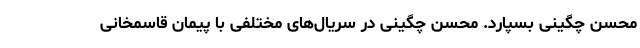
محسن چگینی بسپارد. محسن چگینی در سریال‌های مختلفی با پیمان قاسمخانی